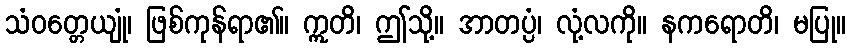
သံဝတ္တေယျုံ၊ ဖြစ်ကုန်ရာ၏။ ဣတိ၊ ဤသို့။ အာတပ္ပံ၊ လုံ့လကို။ နကရောတိ၊ မပြု။